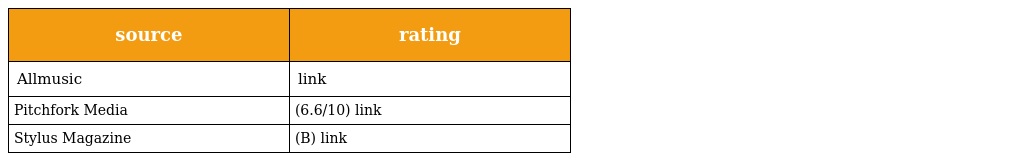
| source | rating |
 | --- | --- |
 | Allmusic | link |
 | Pitchfork Media | (6.6/10) link |
 | Stylus Magazine | (B) link |